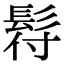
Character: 𩬙